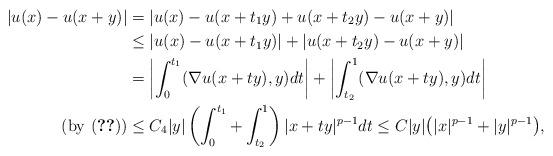
LaTeX: \begin{align*}|u(x)-u(x+y)|&=|u(x)-u(x+t_1y)+u(x+t_2y)-u(x+y)|\\&\le |u(x)-u(x+t_1y)|+|u(x+t_2y)-u(x+y)|\\&=\left|\int_0^{t_1}(\nabla u(x+ty),y)dt\right|+\left|\int_{t_2}^1(\nabla u(x+ty),y)dt\right|\\\mbox{(by \eqref{u'-bound})}&\le C_4|y|\left(\int_0^{t_1}+\int_{t_2}^1\right) |x+ty|^{p-1}dt\le C|y|\big(|x|^{p-1}+|y|^{p-1}\big),\end{align*}